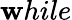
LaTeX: \mathbf{w}hile